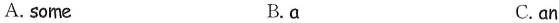
A. some B.α C.an